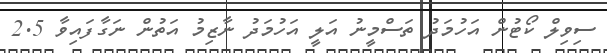
ސިވިލް ކޯޓުން އަހުމަދު ތަސްމީނު އަލީ އަހުމަދު ނާޒިމު އަތުން ނަގާފައިވާ 2.5